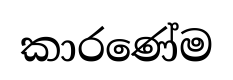
කාරණේම